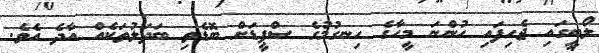
ލޯބީގައި ޖެހިފައި ހުންނަ މީހާގެ ހިނގުމުގެ ސްޕީޑަށް ބޮޑެތި ބަދަލުތަކެއް އާދެ އެވެ.